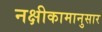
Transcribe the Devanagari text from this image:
नक्षीकामानुसार